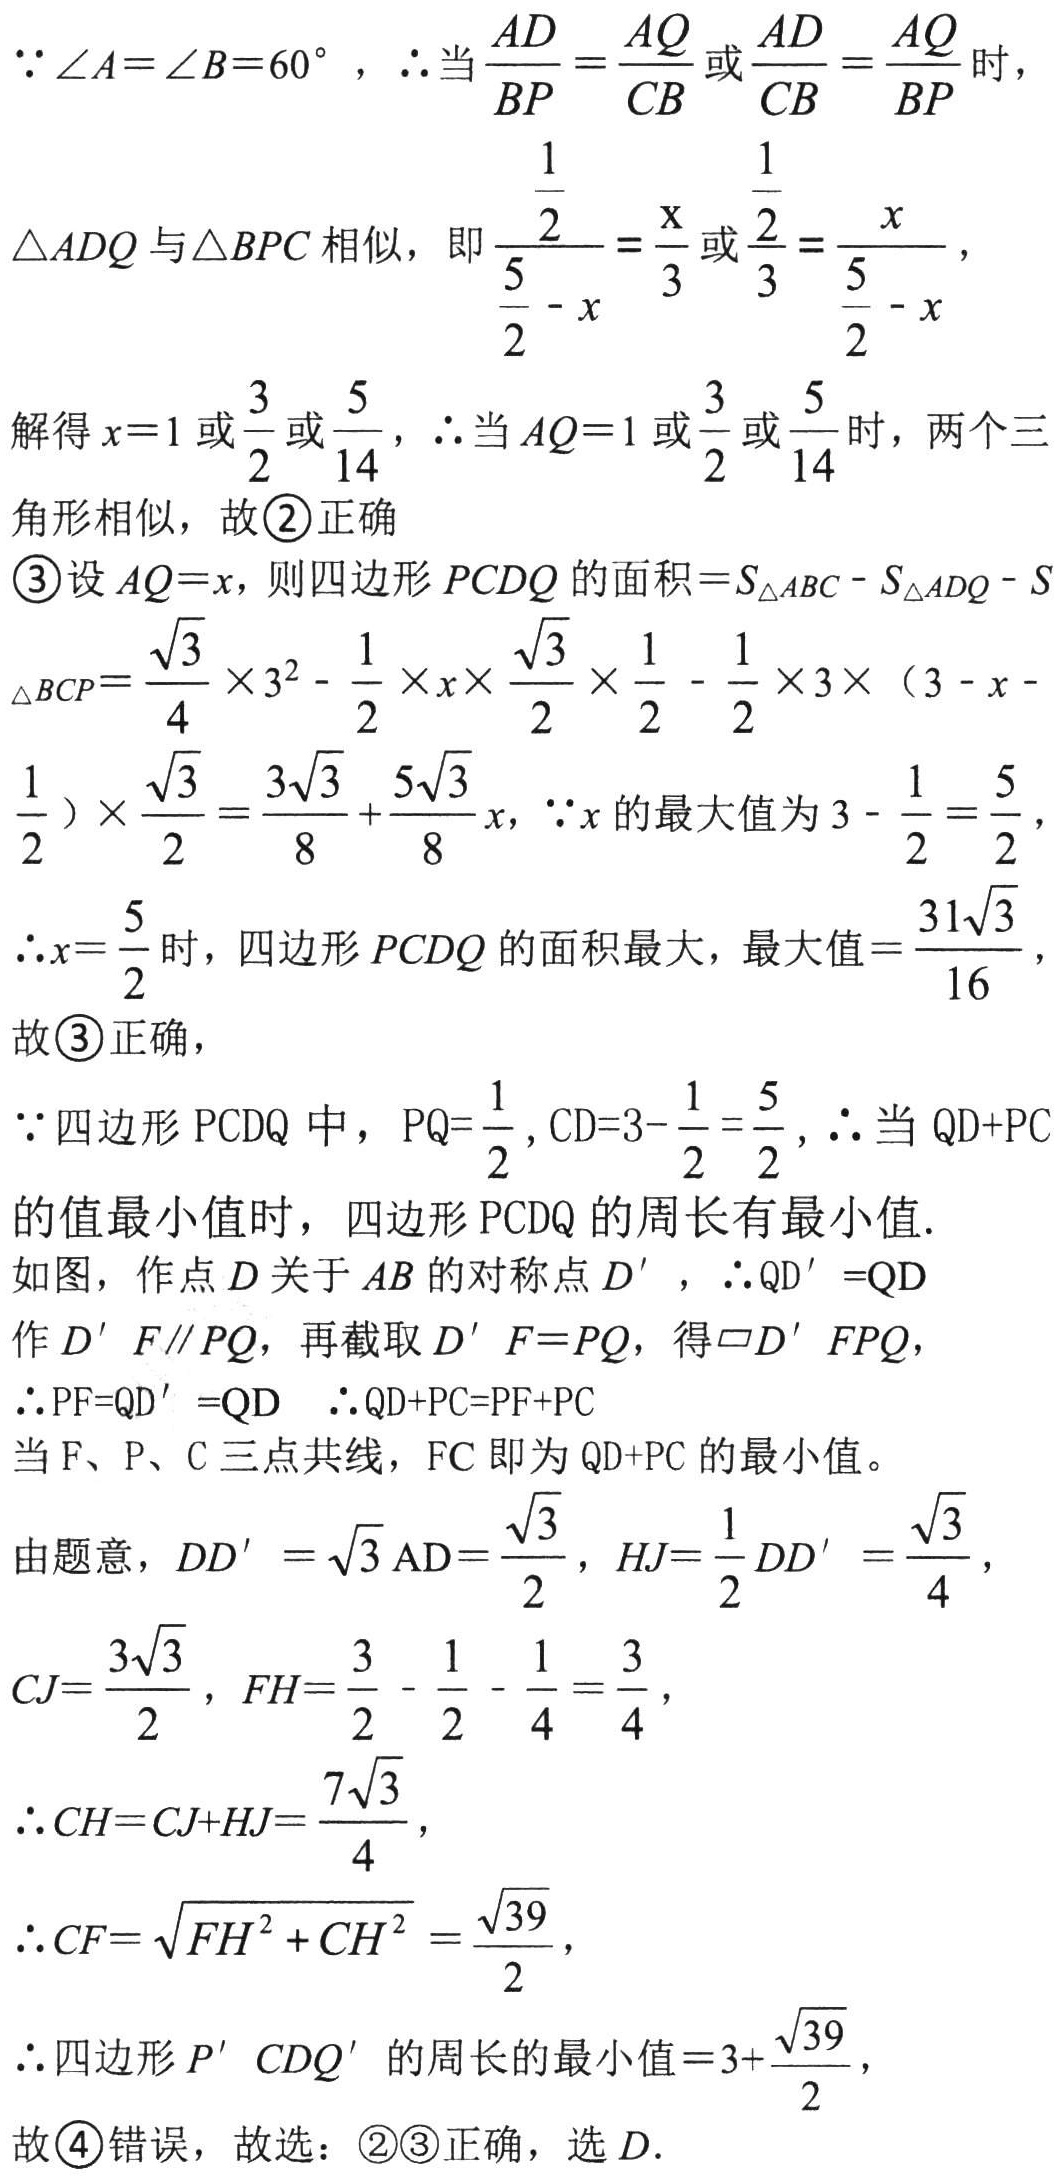
\(\because\angle A = \angle B = 60^{\circ}\)，\(\therefore\)当\(\frac{AD}{BP}=\frac{AQ}{CB}\)或\(\frac{AD}{CB}=\frac{AQ}{BP}\)时，
\(\triangle ADQ\)与\(\triangle BPC\)相似，即\(\frac{\frac{1}{2}}{\frac{5}{2}-x}=\frac{x}{3}\)或\(\frac{\frac{1}{2}}{3}=\frac{x}{\frac{5}{2}-x}\)，
解得\(x = 1\)或\(\frac{3}{2}\)或\(\frac{5}{14}\)，\(\therefore\)当\(AQ = 1\)或\(\frac{3}{2}\)或\(\frac{5}{14}\)时，两个三角形相似，故\textcircled{2}正确
\textcircled{3}设\(AQ = x\)，则四边形\(PCDQ\)的面积\(=S_{\triangle ABC}-S_{\triangle ADQ}-S_{\triangle BCP}=\frac{\sqrt{3}}{4}\times3^{2}-\frac{1}{2}\times x\times\frac{\sqrt{3}}{2}\times\frac{1}{2}-\frac{1}{2}\times3\times(3 - x-\frac{1}{2})\times\frac{\sqrt{3}}{2}=\frac{3\sqrt{3}}{8}+\frac{5\sqrt{3}}{8}x\)，\(\because x\)的最大值为\(3-\frac{1}{2}=\frac{5}{2}\)，
\(\therefore x=\frac{5}{2}\)时，四边形\(PCDQ\)的面积最大，最大值\(=\frac{31\sqrt{3}}{16}\)，故\textcircled{3}正确，
\(\because\)四边形\(PCDQ\)中，\(PQ = \frac{1}{2}\)，\(CD = 3-\frac{1}{2}=\frac{5}{2}\)，\(\therefore\)当\(QD + PC\)的值最小值时，四边形\(PCDQ\)的周长有最小值.
如图，作点\(D\)关于\(AB\)的对称点\(D'\)，\(\therefore QD' = QD\)
作\(D'F\parallel PQ\)，再截取\(D'F = PQ\)，得\(\square D'FPQ\)，
\(\therefore PF = QD' = QD\) \(\therefore QD + PC=PF + PC\)
当\(F\)、\(P\)、\(C\)三点共线，\(FC\)即为\(QD + PC\)的最小值。
由题意，\(DD'=\sqrt{3}AD=\frac{\sqrt{3}}{2}\)，\(HJ=\frac{1}{2}DD'=\frac{\sqrt{3}}{4}\)，
\(CJ=\frac{3\sqrt{3}}{2}\)，\(FH=\frac{3}{2}-\frac{1}{2}-\frac{1}{4}=\frac{3}{4}\)，
\(\therefore CH=CJ + HJ=\frac{7\sqrt{3}}{4}\)，
\(\therefore CF=\sqrt{FH^{2}+CH^{2}}=\frac{\sqrt{39}}{2}\)，
\(\therefore\)四边形\(P'CDQ'\)的周长的最小值\(=3+\frac{\sqrt{39}}{2}\)，
故\textcircled{4}错误，故选：\(\textcircled{2}\textcircled{3}\)正确，选\(D\).